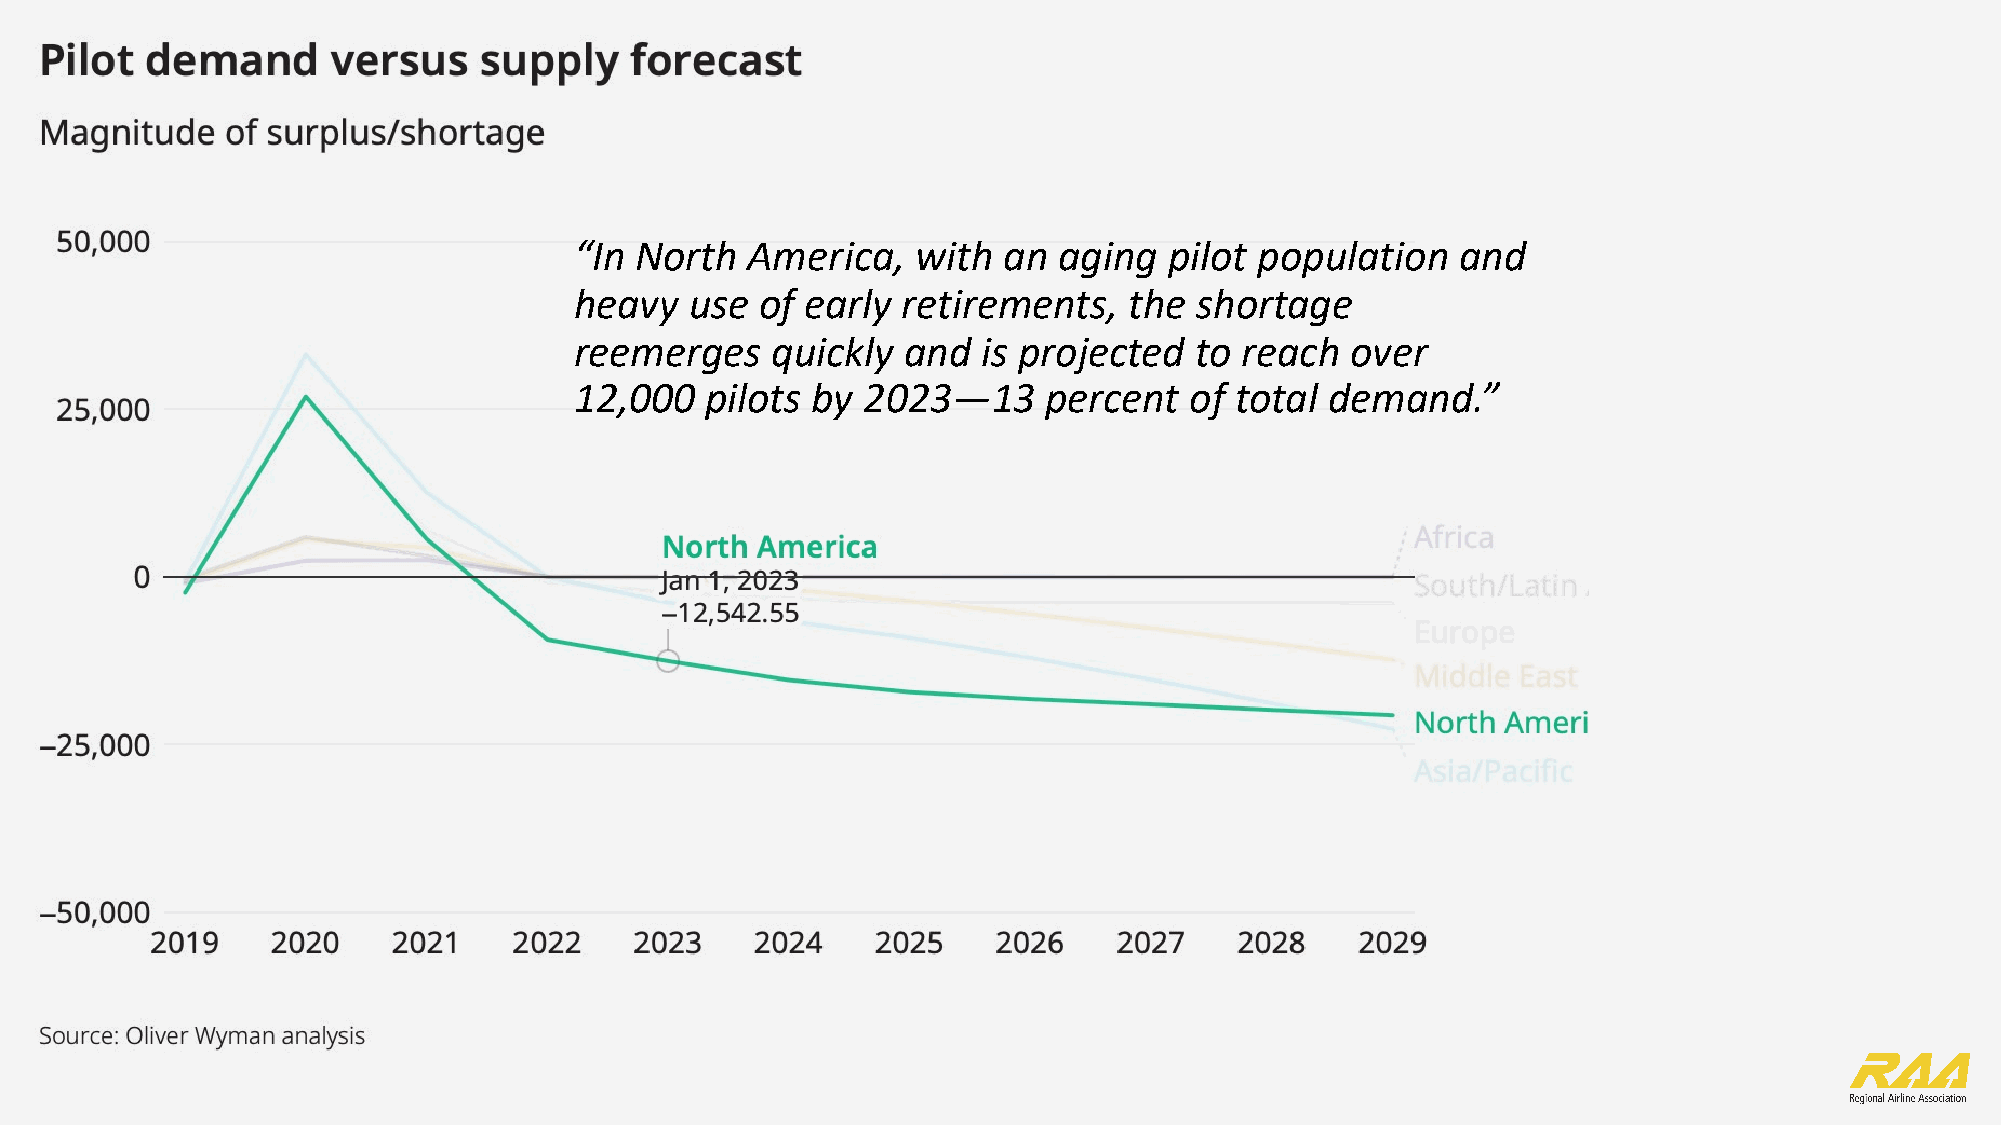
“In North  America,    with an  aging  pilot population    and
 heavy   use of early  retirements,   the shortage
 reemerges    quickly  and  is projected  to reach  over
 12,000   pilots by 2023—13     percent   of total demand.”